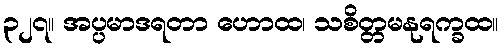
၃၂၇။ အပ္ပမာဒရတာ ဟောထ၊ သစိတ္တမနုရက္ခထ။